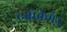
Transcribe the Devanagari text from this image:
ब्जोर्कमैन